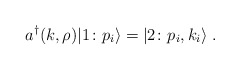
\begin{align*}a^{\dagger}(k, \rho) \vert 1 \colon p_i \rangle = \vert 2 \colon p_i, k_i\rangle \;.\end{align*}